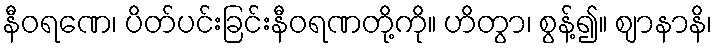
နီဝရဏေ၊ ပိတ်ပင်းခြင်းနီဝရဏတို့ကို။ ဟိတွာ၊ စွန့်၍။ ဈာနာနိ၊